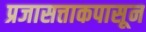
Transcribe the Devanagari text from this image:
प्रजासत्ताकपासून